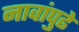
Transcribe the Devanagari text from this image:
नावांपुढे